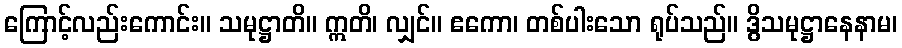
ကြောင့်လည်းကောင်း။ သမုဋ္ဌာတိ။ ဣတိ၊ လျှင်။ ဧကော၊ တစ်ပါးသော ရုပ်သည်။ ဒွိသမုဋ္ဌာနေနာမ၊